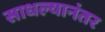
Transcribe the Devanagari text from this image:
साधल्यानंतर